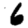
Digit: 6